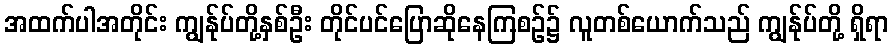
အထက်ပါအတိုင်း ကျွန်ုပ်တို့နှစ်ဦး တိုင်ပင်ပြောဆိုနေကြစဉ်၌ လူတစ်ယောက်သည် ကျွန်ုပ်တို့ ရှိရာ